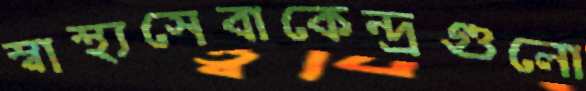
স্বাস্থ্যসেবাকেন্দ্রগুলো